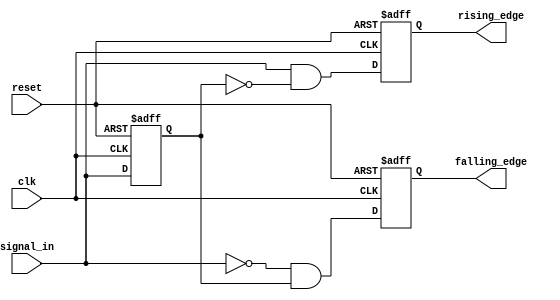
module glitch_free_edge_detector (
    input wire clk,                // Clock input
    input wire reset,              // Asynchronous reset
    input wire signal_in,          // Input signal to detect edges
    output reg rising_edge,        // Output signal for rising edge detection
    output reg falling_edge        // Output signal for falling edge detection
);

    // Memory blocks to store current and previous state
    reg signal_prev;               // Previous state storage

    // Edge detection logic
    always @(posedge clk or posedge reset) begin
        if (reset) begin
            // Initialize states on reset
            signal_prev <= 1'b0;
            rising_edge <= 1'b0;
            falling_edge <= 1'b0;
        end else begin
            // Detect edges
            rising_edge <= (signal_in && !signal_prev);  // Rising edge condition
            falling_edge <= (!signal_in && signal_prev); // Falling edge condition
            
            // Update previous state
            signal_prev <= signal_in;
        end
    end

endmodule